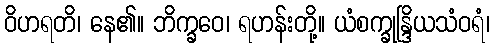
ဝိဟရတိ၊ နေ၏။ ဘိက္ခဝေ၊ ရဟန်းတို့။ ယံစက္ခုန္ဒြိယသံဝရံ၊